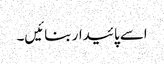
اسے پائیدار بنائیں۔